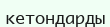
кетондарды